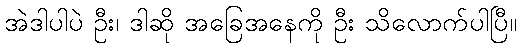
အဲဒါပါပဲ ဦး၊ ဒါဆို အခြေအနေကို ဦး သိလောက်ပါပြီ။